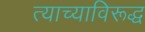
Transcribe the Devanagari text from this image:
त्याच्याविरूद्ध